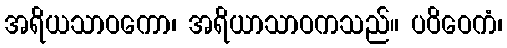
အရိယသာဝကော၊ အရိယာသာဝကသည်။ ပဝိဝေကံ၊